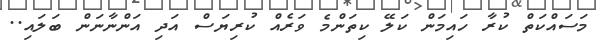
މަސައްކަތް ކުރާ ހައިމަން ކަލޭ ކިތަންމެ ވަރެއް ކުރިޔަސް އަދި އަންނާނަން ބަލައި..